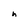
Character: h